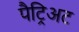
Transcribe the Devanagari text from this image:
पैट्रिअट